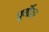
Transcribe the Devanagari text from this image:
पूर्वोत्त्र